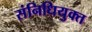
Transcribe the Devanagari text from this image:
संनिधियुक्त